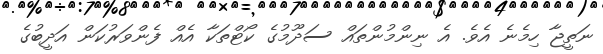
ނަތީޖާ ހިމެނެ އެވެ. އެ ނިންމުންތައް ސަދޫމުގެ ކޯޓްތަކާ އެއް ފެންވަރުކަން އަދީބުގެ